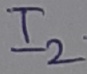
Text: I2